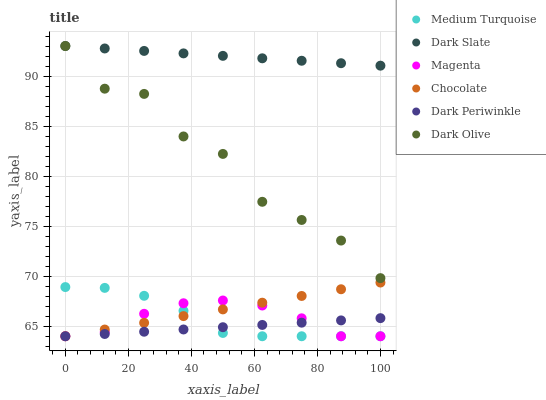
| xaxis_label | Medium Turquoise | Dark Slate | Magenta | Chocolate | Dark Periwinkle | Dark Olive |
 | --- | --- | --- | --- | --- | --- | --- |
 | 0 | 68.9 | 93 | 64 | 64 | 64 | 93 |
 | 12.5 | 68.8 | 92.8 | 64.4 | 64.7 | 64.2 | 88.7 |
 | 25 | 68 | 92.5 | 66.2 | 65.3 | 64.5 | 88.2 |
 | 37.5 | 66.5 | 92.3 | 67.3 | 66 | 64.7 | 84 |
 | 50 | 64.3 | 92 | 67.6 | 66.7 | 64.9 | 82.2 |
 | 62.5 | 64 | 91.8 | 67.1 | 67.4 | 65.1 | 77.4 |
 | 75 | 64 | 91.5 | 65.8 | 68 | 65.4 | 75.6 |
 | 87.5 | 64 | 91.3 | 64 | 68.7 | 65.6 | 73.6 |
 | 100 | 64 | 91 | 64 | 69.4 | 65.8 | 69.8 |